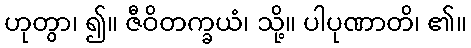
ဟုတွာ၊ ၍။ ဇီဝိတက္ခယံ၊ သို့။ ပါပုဏာတိ၊ ၏။